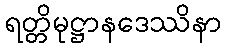
ရတ္တိမုဋ္ဌာနဒေဿိနာ